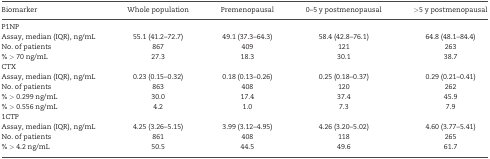
<table><thead><tr><td><b>Biomarker</b></td><td><b>Whole population</b></td><td><b>Premenopausal</b></td><td><b>0–5 y postmenopausal</b></td><td><b>&gt;5 y postmenopausal</b></td></tr></thead><tbody><tr><td>P1NP</td><td></td><td></td><td></td><td></td></tr><tr><td>Assay, median (IQR), ng/mL</td><td>55.1 (41.2–72.7)</td><td>49.1 (37.3–64.3)</td><td>58.4 (42.8–76.1)</td><td>64.8 (48.1–84.4)</td></tr><tr><td>No. of patients</td><td>867</td><td>409</td><td>121</td><td>263</td></tr><tr><td>% &gt; 70 ng/mL</td><td>27.3</td><td>18.3</td><td>30.1</td><td>38.7</td></tr><tr><td>CTX</td><td></td><td></td><td></td><td></td></tr><tr><td>Assay, median (IQR), ng/mL</td><td>0.23 (0.15–0.32)</td><td>0.18 (0.13–0.26)</td><td>0.25 (0.18–0.37)</td><td>0.29 (0.21–0.41)</td></tr><tr><td>No. of patients</td><td>863</td><td>408</td><td>120</td><td>262</td></tr><tr><td>% &gt; 0.299 ng/mL</td><td>30.0</td><td>17.4</td><td>37.4</td><td>45.9</td></tr><tr><td>% &gt; 0.556 ng/mL</td><td>4.2</td><td>1.0</td><td>7.3</td><td>7.9</td></tr><tr><td>1CTP</td><td></td><td></td><td></td><td></td></tr><tr><td>Assay, median (IQR), ng/mL</td><td>4.25 (3.26–5.15)</td><td>3.99 (3.12–4.95)</td><td>4.26 (3.20–5.02)</td><td>4.60 (3.77–5.41)</td></tr><tr><td>No. of patients</td><td>861</td><td>408</td><td>118</td><td>265</td></tr><tr><td>% &gt; 4.2 ng/mL</td><td>50.5</td><td>44.5</td><td>49.6</td><td>61.7</td></tr></tbody></table>